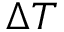
\Delta T